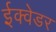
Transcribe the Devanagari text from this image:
ईक्वेडर